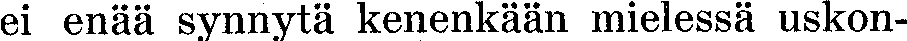
ei enää synnytä kenenkään mielessä uskon-